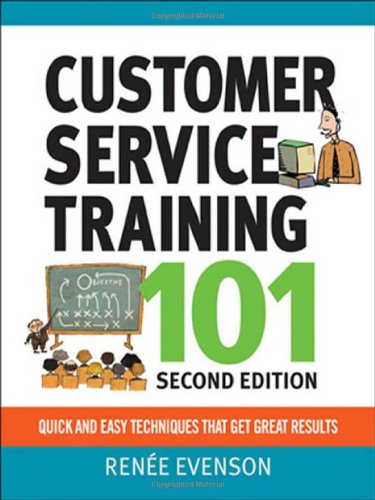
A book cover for Customer Service Training 101: Quick and Easy Techniques That Get Great Results; Renee Evenson; Business & Money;